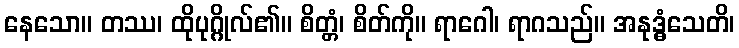
နေသော။ တဿ၊ ထိုပုဂ္ဂိုလ်၏။ စိတ္တံ၊ စိတ်ကို။ ရာဂေါ၊ ရာဂသည်။ အနုဒ္ဓံသေတိ၊